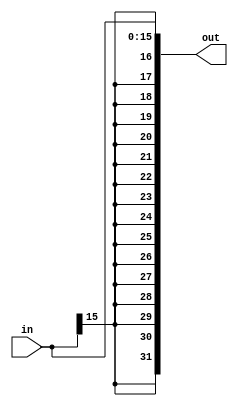
module SignalExtension #(
    parameter BITS_SIZE = 32,
    parameter IN_SIZE = 16
    ) (out, in);

    output [BITS_SIZE - 1:0] out;
    
    input   [IN_SIZE - 1:0] in;

    assign out = { {BITS_SIZE - IN_SIZE{in[IN_SIZE - 1]}}, in };
endmodule